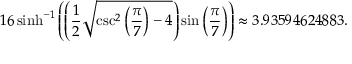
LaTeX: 1 6 \sinh ^ { - 1 } \left( \left( { \frac { 1 } { 2 } } { \sqrt { \csc ^ { 2 } \left( { \frac { \pi } { 7 } } \right) - 4 } } \right) \sin \left( { \frac { \pi } { 7 } } \right) \right) \approx 3 . 9 3 5 9 4 6 2 4 8 8 3 .